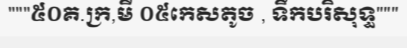
"""៥០គ.ក្រ,មី ០៥កេសតូច , ទឹកបរិសុទ្ធ"""